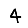
Digit: 4